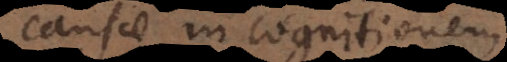
causae in cognitionem